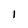
Character: 1